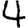
Digit: 4